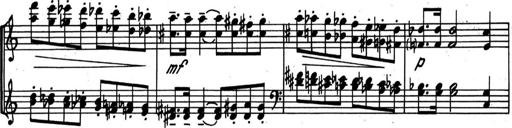
Title: Kleine Sonate
Composer: Raoul Koczalski
Key: C major